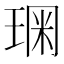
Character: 𰢂